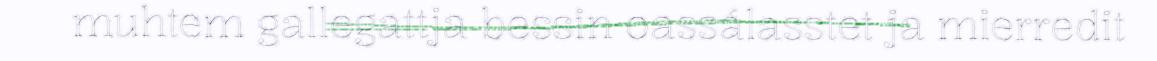
muhtem gallegattja bessin oassálasstet ja mierredit